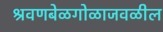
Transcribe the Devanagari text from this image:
श्रवणबेळगोळाजवळील